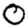
Digit: 0